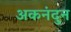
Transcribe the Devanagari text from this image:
अकनंदुन